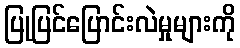
ပြုပြင်ပြောင်းလဲမှုများကို